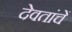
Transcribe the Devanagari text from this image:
देवतांचें